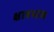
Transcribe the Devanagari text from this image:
क्षात्रभाव